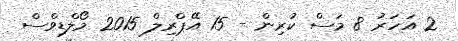
2 އަހަރު 8 މަސް ކުރިން - 15 އޭޕްރިލް 2015 މޯލްޑިވްސް